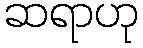
ဆရာဟု